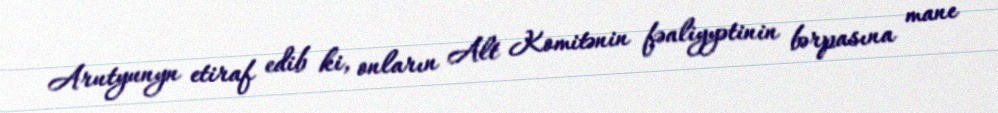
Arutyunyn etiraf edib ki, onların Alt Komitənin fəaliyyətinin bərpasına mane